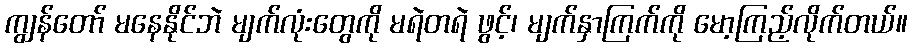
ကျွန်တော် မနေနိုင်ဘဲ မျက်လုံးတွေကို မရဲတရဲ ဖွင့်၊ မျက်နှာကြက်ကို မော့ကြည့်လိုက်တယ်။